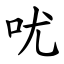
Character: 㕱